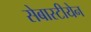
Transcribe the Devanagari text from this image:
सेबास्टीयेन